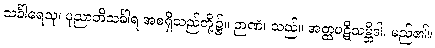
သင်္ခါရေသု၊ ပုညာဘိသင်္ခါရ အစရှိသည်တို့၌။ ဉာဏံ၊ သည်။ အတ္ထပဋိသမ္ဘိဒါ၊ မည်၏။